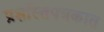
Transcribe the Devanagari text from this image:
प्रशस्तिपत्रकात